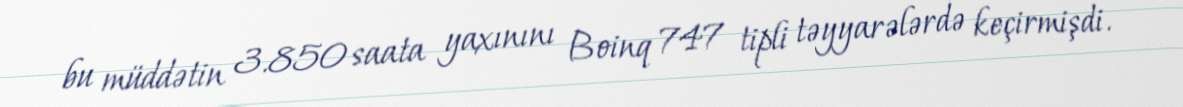
bu müddətin 3.850 saata yaxınını Boinq 747 tipli təyyarələrdə keçirmişdi.